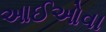
આઈઓવા